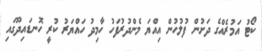
ކޯޓު އަމުރެއްގެ ދަށުން ފުލުހުން އިއްޔަ މެންދުރުފަހު ހާމިދު ހައްޔަރު ކުރީ ހޮނޑައިދޫގައި